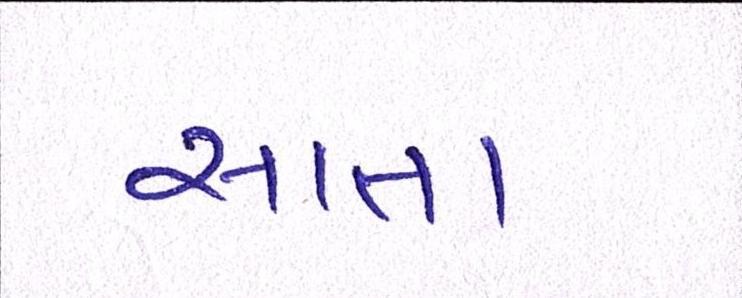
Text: સાતા